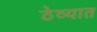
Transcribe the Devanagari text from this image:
ठेव्यात